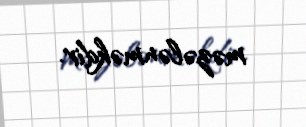
məzələnməkdir.